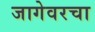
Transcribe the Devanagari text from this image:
जागेवरचा